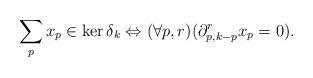
LaTeX: \begin{align*} \sum_px_p\in\ker\delta_k \Leftrightarrow (\forall p,r)(\partial_{p,k-p}^{r}x_p=0).\end{align*}